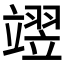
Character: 𮄺